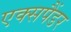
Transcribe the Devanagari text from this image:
एक्सपैंडर